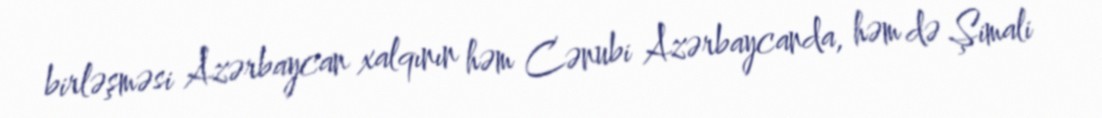
birləşməsi Azərbaycan xalqının həm Cənubi Azərbaycanda, həm də Şimali